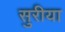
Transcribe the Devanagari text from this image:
सुरीया